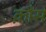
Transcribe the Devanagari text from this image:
क़ौस